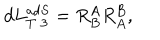
d L _ { T \; 3 } ^ { a d S } = R _ { B } ^ { A } R _ { A } ^ { B } ,